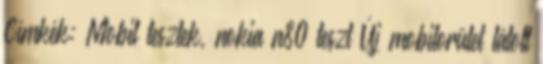
Címkék: Mobil tesztek, nokia n80 teszt Új mobilorület látott